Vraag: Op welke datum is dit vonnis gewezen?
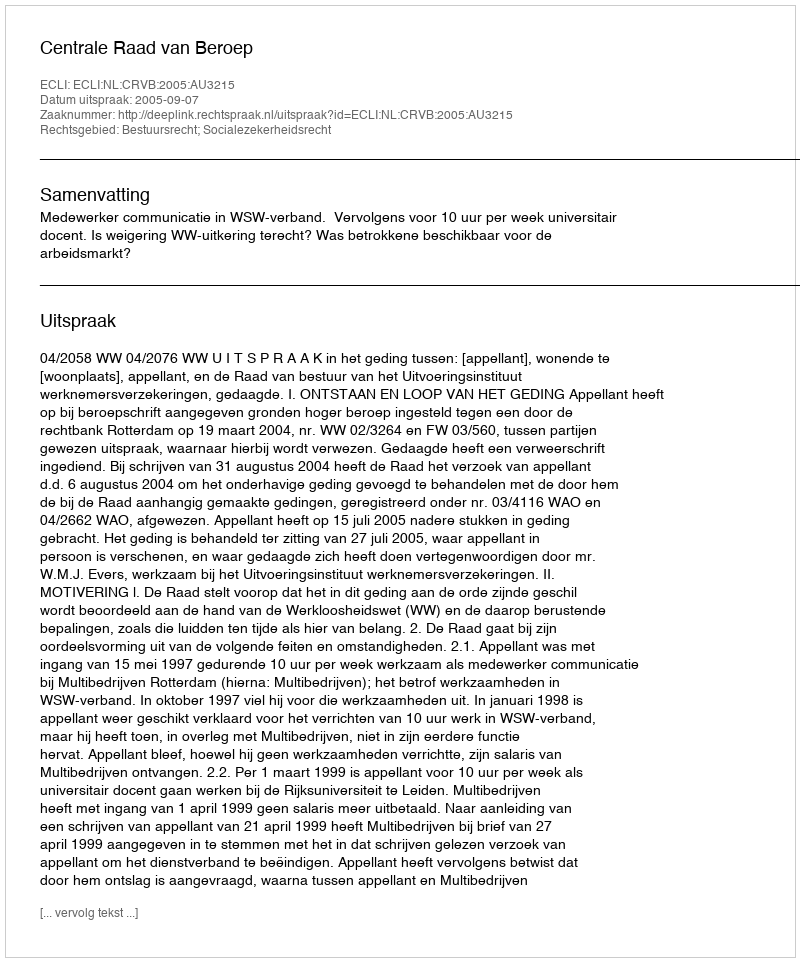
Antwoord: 2005-09-07